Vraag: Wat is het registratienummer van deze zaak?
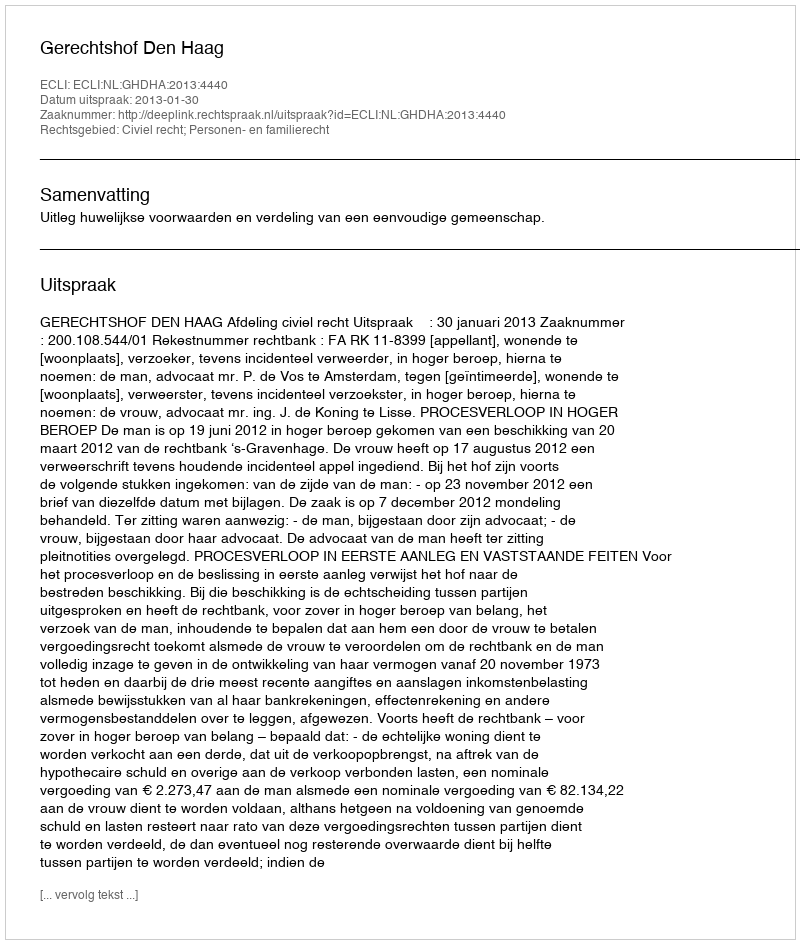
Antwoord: http://deeplink.rechtspraak.nl/uitspraak?id=ECLI:NL:GHDHA:2013:4440